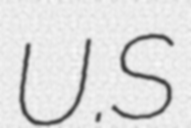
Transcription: U.S